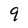
Character: 9